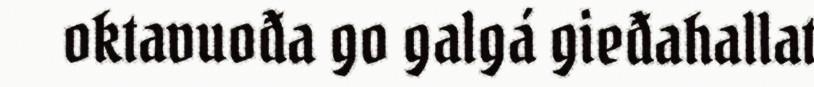
oktavuođa go galgá gieđahallat